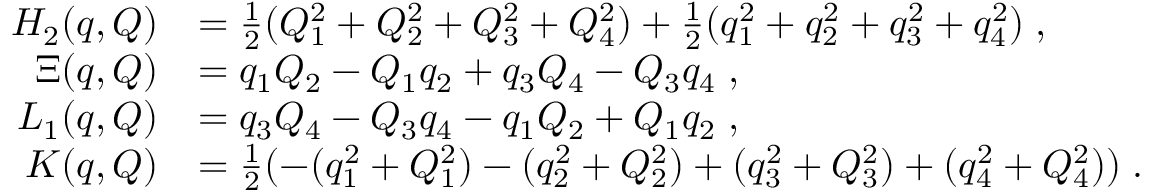
\begin{array} { r l } { { H } _ { 2 } ( q , Q ) } & { = \frac { 1 } { 2 } ( Q _ { 1 } ^ { 2 } + Q _ { 2 } ^ { 2 } + Q _ { 3 } ^ { 2 } + Q _ { 4 } ^ { 2 } ) + \frac { 1 } { 2 } ( q _ { 1 } ^ { 2 } + q _ { 2 } ^ { 2 } + q _ { 3 } ^ { 2 } + q _ { 4 } ^ { 2 } ) \; , } \\ { \Xi ( q , Q ) } & { = q _ { 1 } Q _ { 2 } - Q _ { 1 } q _ { 2 } + q _ { 3 } Q _ { 4 } - Q _ { 3 } q _ { 4 } \; , } \\ { L _ { 1 } ( q , Q ) } & { = q _ { 3 } Q _ { 4 } - Q _ { 3 } q _ { 4 } - q _ { 1 } Q _ { 2 } + Q _ { 1 } q _ { 2 } \; , } \\ { K ( q , Q ) } & { = \frac { 1 } { 2 } ( - ( q _ { 1 } ^ { 2 } + Q _ { 1 } ^ { 2 } ) - ( q _ { 2 } ^ { 2 } + Q _ { 2 } ^ { 2 } ) + ( q _ { 3 } ^ { 2 } + Q _ { 3 } ^ { 2 } ) + ( q _ { 4 } ^ { 2 } + Q _ { 4 } ^ { 2 } ) ) \; . } \end{array}